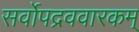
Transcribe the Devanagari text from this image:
सर्वोपद्रववारकम्